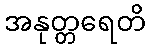
အနုတ္တရေတိ